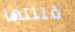
قتلتها